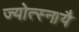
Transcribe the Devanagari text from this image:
ज्योत्स्नायै